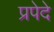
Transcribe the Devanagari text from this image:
प्रपेदे